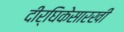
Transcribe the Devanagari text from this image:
दीर्घिकेसारखी